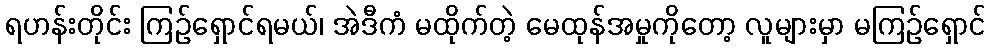
ရဟန်းတိုင်း ကြဉ်ရှောင်ရမယ်၊ အဲဒီကံ မထိုက်တဲ့ မေထုန်အမှုကိုတော့ လူများမှာ မကြဉ်ရှောင်